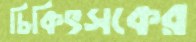
চিকিৎসকের